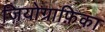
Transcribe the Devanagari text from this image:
जियोग्राफ़िका